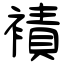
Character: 襀